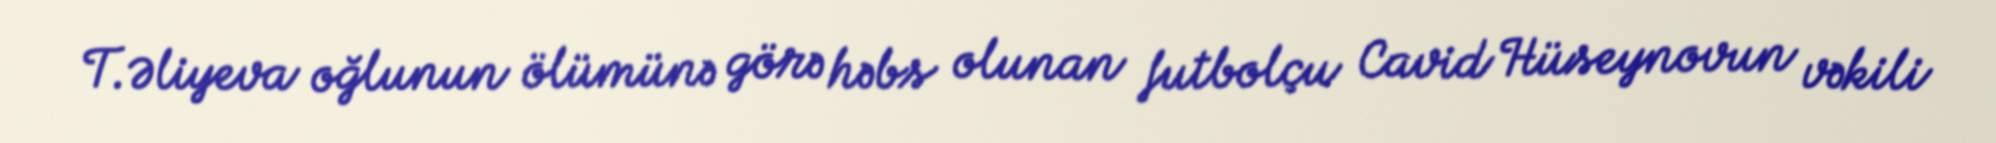
T.Əliyeva oğlunun ölümünə görə həbs olunan futbolçu Cavid Hüseynovun vəkili